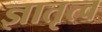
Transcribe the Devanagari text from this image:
ज्ञातृत्व